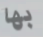
بها